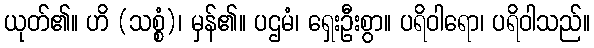
ယုတ်၏။ ဟိ (သစ္စံ)၊ မှန်၏။ ပဌမံ၊ ရှေးဦးစွာ။ ပရိဝါရော၊ ပရိဝါသည်။